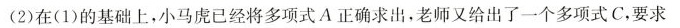
(2)在(1)的基础上，小马虎已经将多项式A正确求出，老师又给出了一个多项式C，要求